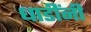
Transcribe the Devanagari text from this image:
धाडींनी